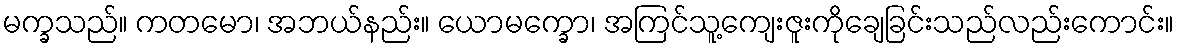
မက္ခသည်။ ကတမော၊ အဘယ်နည်း။ ယောမက္ခော၊ အကြင်သူ့ကျေးဇူးကိုချေခြင်းသည်လည်းကောင်း။